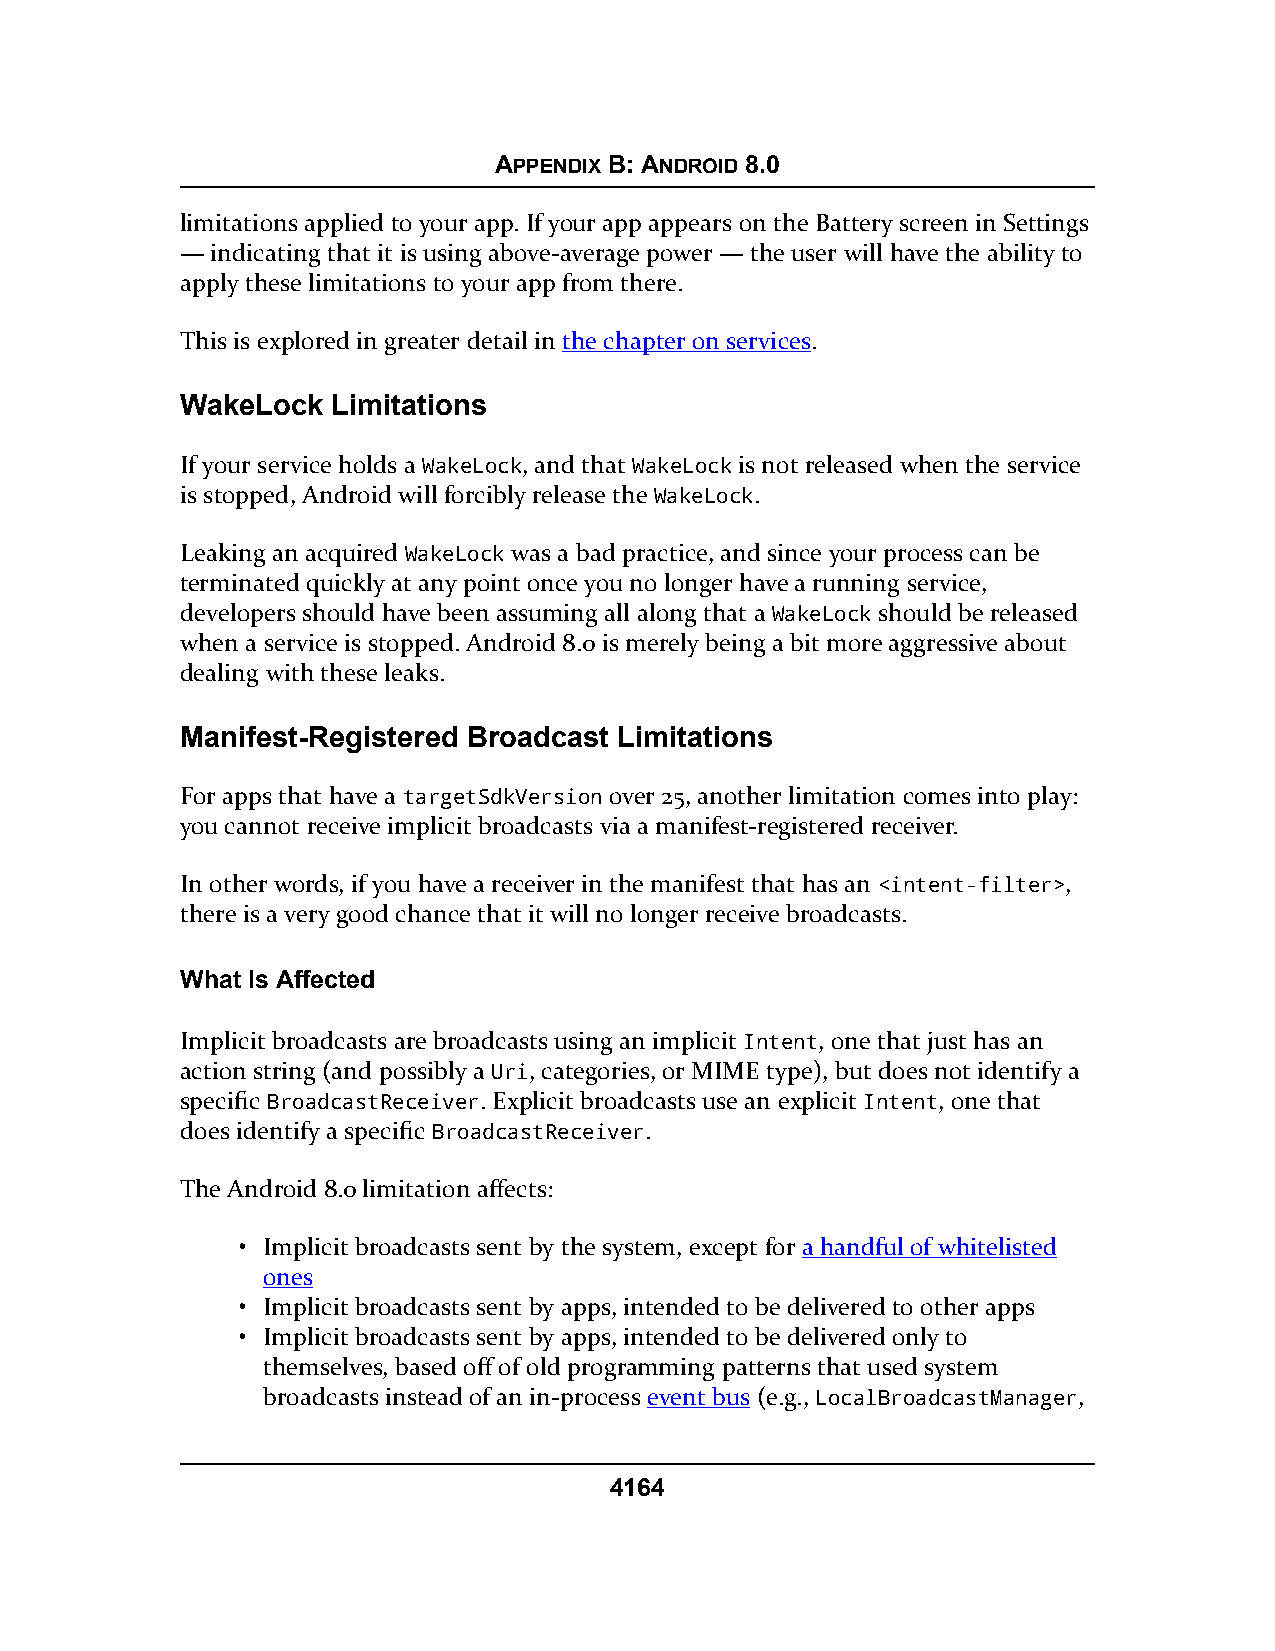
APPENDIX B: ANDROID 8.0
 limitations applied to your app. If your app appears on the Battery screen in Settings
 — indicating that it is using above-average power — the user will have the ability to
 apply these limitations to your app from there.
 This is explored in greater detail in the chapter on services.
 WakeLock  Limitations
 If your service holds a WakeLock, and that WakeLock is not released when the service
 is stopped, Android will forcibly release the WakeLock.
 Leaking an acquired WakeLock was a bad practice, and since your process can be
 terminated quickly at any point once you no longer have a running service,
 developers should have been assuming all along that a WakeLock should be released
 when a service is stopped. Android 8.0 is merely being a bit more aggressive about
 dealing with these leaks.
 Manifest-Registered Broadcast Limitations
 For apps that have a targetSdkVersion over 25, another limitation comes into play:
 you cannot receive implicit broadcasts via a manifest-registered receiver.
 In other words, if you have a receiver in the manifest that has an <intent-filter>,
 there is a very good chance that it will no longer receive broadcasts.
 What Is Affected
 Implicit broadcasts are broadcasts using an implicit Intent, one that just has an
 action string (and possibly a Uri, categories, or MIME type), but does not identify a
 specific BroadcastReceiver. Explicit broadcasts use an explicit Intent, one that
 does identify a specific BroadcastReceiver.
 The Android 8.0 limitation affects:
 • Implicit broadcasts sent by the system, except for a handful of whitelisted
 ones
 • Implicit broadcasts sent by apps, intended to be delivered to other apps
 • Implicit broadcasts sent by apps, intended to be delivered only to
 themselves, based off of old programming patterns that used system
 broadcasts instead of an in-process event bus (e.g., LocalBroadcastManager,
 4164